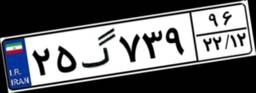
۶۳گ۹۹۵۱۰